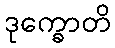
ဒုက္ခောတိ